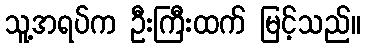
သူ့အရပ်က ဦးကြီးထက် မြင့်သည်။